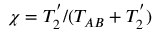
\chi = T _ { 2 } ^ { ' } / ( T _ { A B } + T _ { 2 } ^ { ' } )